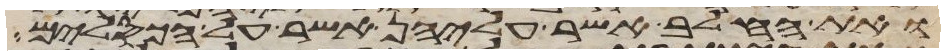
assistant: ואת החלב אשר עליהן אשר על הכסלים